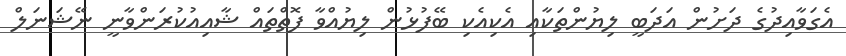
އެގަވާއިދުގެ ދަށުން އަދަބީ ލިޔުންތަކާއި އެކިއެކި ބޭފުޅުން ލިޔުއްވާ ފޮތްތައް ޝާއިއުކުރަންވާނީ ނޭޝަނަލް